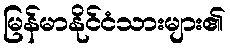
မြန်မာနိုင်ငံသားများ၏